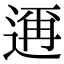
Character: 𮞙